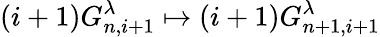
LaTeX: (i+1)G_{n,i+1}^{\lambda}\mapsto(i+1)G_{n+1,i+1}^{\lambda}